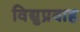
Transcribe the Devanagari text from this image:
विद्युप्रवाह